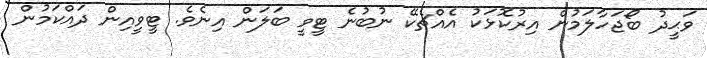
ވަޙީދު ބޯޖަހާލަމުން އިރުކޮޅަކު އެއްޗެކޭ ނުބުނެ ޓީވީ ބަލަން އިނެވެ. ޓީވީއިން ދައްކަމުން